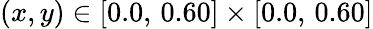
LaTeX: (x,y)\in[0.0,\, 0.60]\times[0.0,\, 0.60]